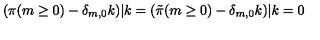
( \pi ( m \ge 0 ) - \delta _ { m , 0 } k ) | k = ( { \tilde { \pi } } ( m \ge 0 ) - \delta _ { m , 0 } k ) | k = 0